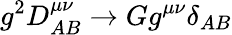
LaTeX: g^{2}D_{AB}^{\mu\nu}\rightarrow Gg^{\mu\nu}\delta_{AB}